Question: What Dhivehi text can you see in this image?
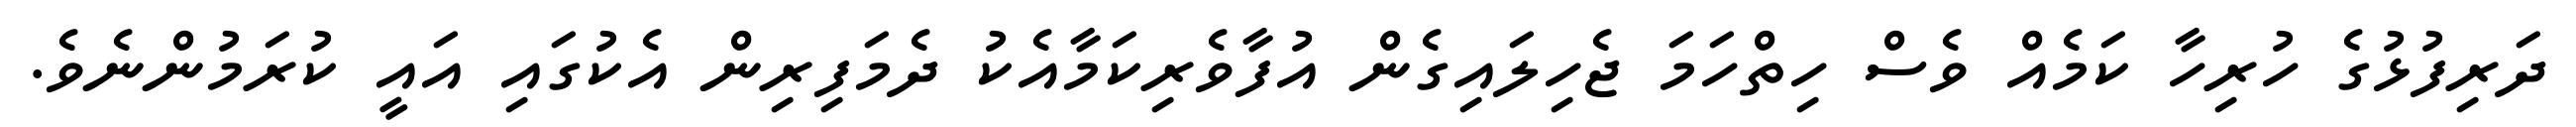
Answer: ދަރިފުޅުގެ ހުރިހާ ކަމެއް ވެސް ހިތްހަމަ ޖެހިލައިގެން އުފާވެރިކަމާއެކު ދެމަފިރިން އެކުގައި އައީ ކުރަމުންނެވެ.